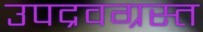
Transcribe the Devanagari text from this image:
उपद्रवग्रस्त